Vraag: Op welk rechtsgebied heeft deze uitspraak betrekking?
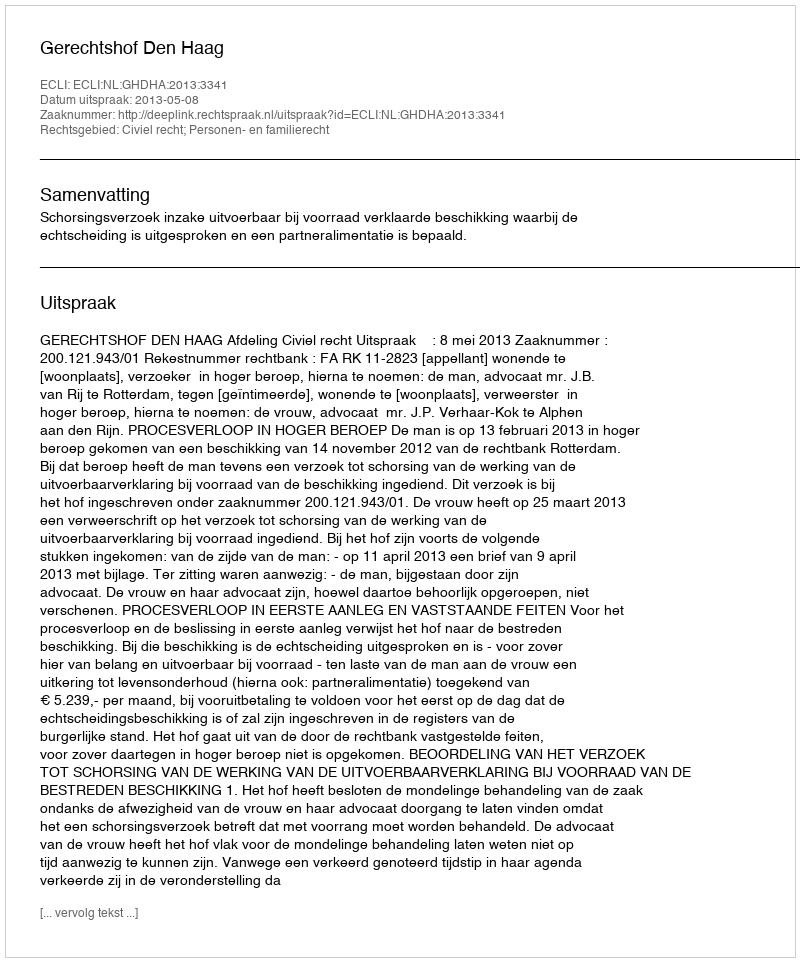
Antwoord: Civiel recht; Personen- en familierecht